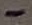
Text: -